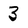
Character: 3